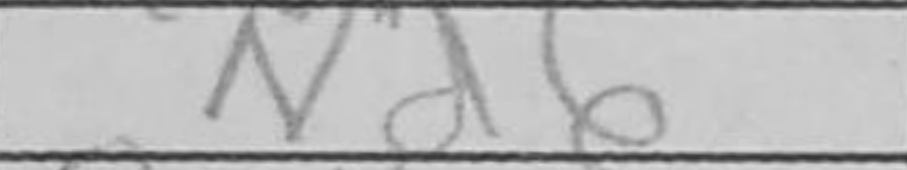
Transcription: Nd6